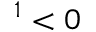
^ 1 < 0